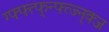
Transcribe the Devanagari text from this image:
ग्फ्फ्त्फ्न्फ्त्ज्न्क्ज